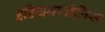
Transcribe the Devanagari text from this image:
इंडियनापोलिस